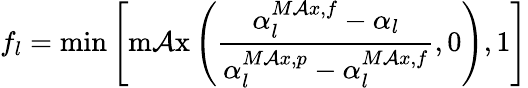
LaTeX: f_{l}=\operatorname*{min}\left[\operatorname*{m\mathcal{A}x}\left(\frac{{\alpha_{l}^{M\mathcal{A}x,f}-\alpha_{l}}}{{\alpha_{l}^{M\mathcal{A}x,p}-\alpha_{l}^{M\mathcal{A}x,f}}},0\right),1\right]